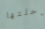
رحلتها